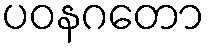
ပဝနဂတော